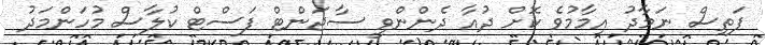
ފަތިސް ނަމާދު އިމާމުވެ ކޮށް ދުއާ ދެންންވީ ސާޖަންޓް ފަސްޓް ކުލާސް މުހަންމަދު